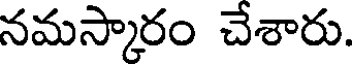
నమస్కారం చేశారు.